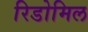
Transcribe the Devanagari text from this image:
रिडोमिल